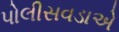
પોલીસવડાએ